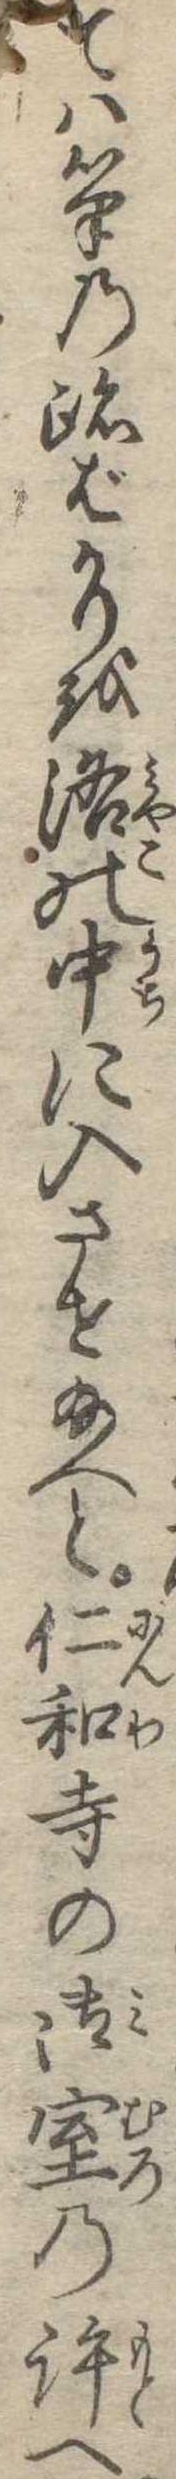
ては筆の跡ばかりを洛の中に入させ給へと仁和寺の御室の許へ